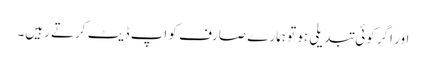
اور اگر کوئی تبدیلی ہو تو ہمارے صارف کو اپ ڈیٹ کرتے رہیں۔